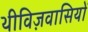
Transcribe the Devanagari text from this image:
थीविज़वासियों